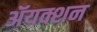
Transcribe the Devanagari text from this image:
ॲयक्शन